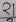
Text: 21